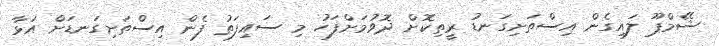
ޝޭމްޕޫ ލައިގެން އިސްތަށިގަނޑު ރީތިކޮށް ދޮވުމަށްފަހު މި ސައިފަތު ފެން އިސްތަށިގަނޑަށް އަޅާ